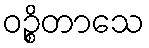
ဝဉ္စိတာသေ